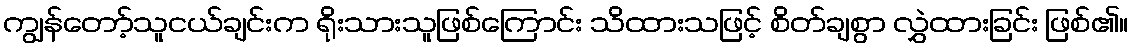
ကျွန်တော့်သူငယ်ချင်းက ရိုးသားသူဖြစ်ကြောင်း သိထားသဖြင့် စိတ်ချစွာ လွှဲထားခြင်း ဖြစ်၏။